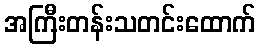
အကြီးတန်းသတင်းထောက်